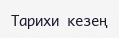
Тарихи кезең